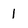
Character: 1